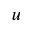
u